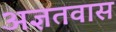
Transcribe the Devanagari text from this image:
अज्ञतवास